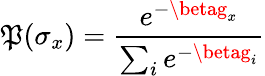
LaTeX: \mathfrak{P}(\sigma_{x})=\frac{{e^{-\betag_{x}}}}{{\sum_{i}e^{-\betag_{i}}}}